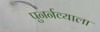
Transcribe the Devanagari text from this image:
पुनर्नव्याला